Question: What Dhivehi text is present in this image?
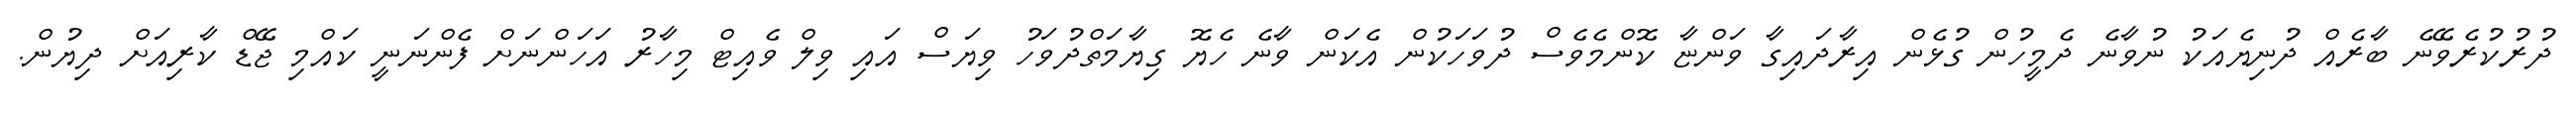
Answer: ދުރުކުރެވޭނެ ބާރެއް ދުނިޔެއަކު ނުވާނެ ދެމީހުން ގުޅެން އިރާދައިގާ ވަންޏާ ކޮންމެވެސް ދުވަހަކުން އެކަން ވާނެ ހެޔޮ ގިޔާމަތްދުވަހު ވިޔަސް އައި ވިލް ވެއިޓް މިހާރު އަހަންނަށް ފެންނަނީ ކައްމި ޖޭޑް ކާރިއަށް ދިޔުން.